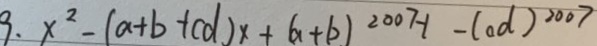
3 . x ^ { 2 } - ( a + b + c d ) x + ( a + b ) ^ { 2 0 0 7 - 1 } - ( a d ) ^ { 2 0 0 7 }